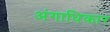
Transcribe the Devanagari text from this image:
अंगाधिकार